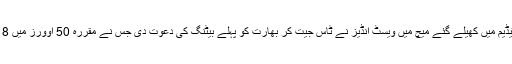
تفصیلات کے مطابق چدمبرم کرکٹ سٹیڈیم میں کھیلے گئے میچ میں ویسٹ انڈیز نے ٹاس جیت کر بھارت کو پہلے بیٹنگ کی دعوت دی جس نے مقررہ 50 اوورز میں 8 وکٹوں کے نقصان پر 287 رنز بنائے۔